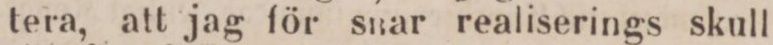
tera, att jag för snar realiserings skull